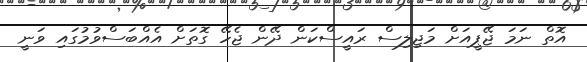
އޮތް ނަމަ ޖޭޕީއަށް މަޖިލިސް ރައީސްކަން ދޭން ޖެހޭ ގޮތަށް އެއްބަސްވުމުގައި ވަނީ